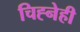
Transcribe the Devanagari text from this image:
चिह्नेही